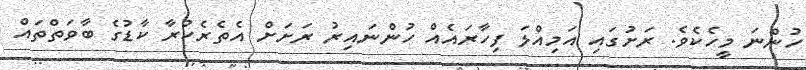
ހުންނަ މީހެކެވެ. ރަށުގައި އަމިއްލަ ފިހާރައެއް ހުންނައިރު ރަށަށް އެތެރެކުރާ ކާޑުގެ ބާވަތްތައް